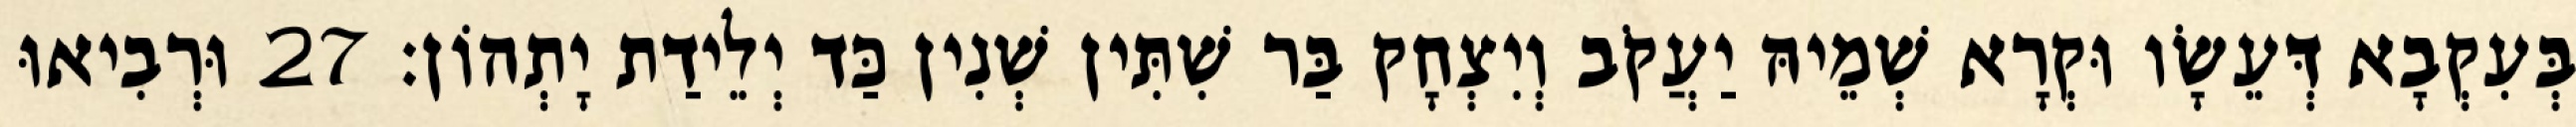
בְּעִקְבָא דְּעֵשָׂו וּקְרָא שְׁמֵיהּ יַעֲקֹב וְיִצְחָק בַּר שִׁתִּין שְׁנִין כַּד יְלֵידַת יָתְהוֹן׃ 27 וּרְבִיאוּ